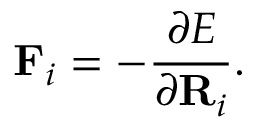
\mathbf { F } _ { i } = - \frac { \partial E } { \partial \mathbf { R } _ { i } } .